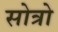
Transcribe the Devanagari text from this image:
सोत्रो